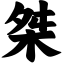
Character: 桀